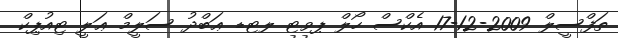
ތަފްސީލް 2009-12-17 އެކްސް ހޯލް ޕވޓ ލޓޑ ޢަބްދު ސަލީމް ޢަލީ ޓިއުޕިކް